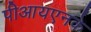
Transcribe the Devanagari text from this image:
पीआयएनके